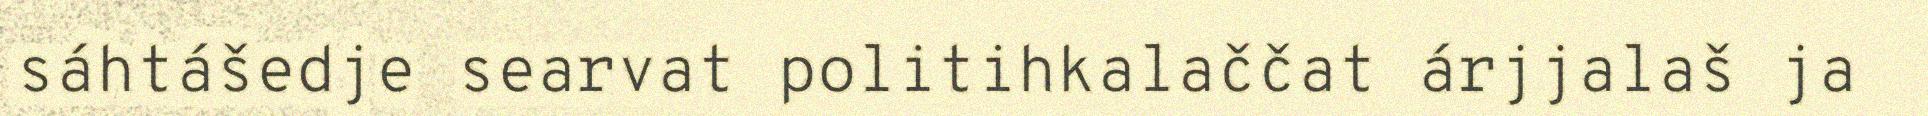
sáhtášedje searvat politihkalaččat árjjalaš ja